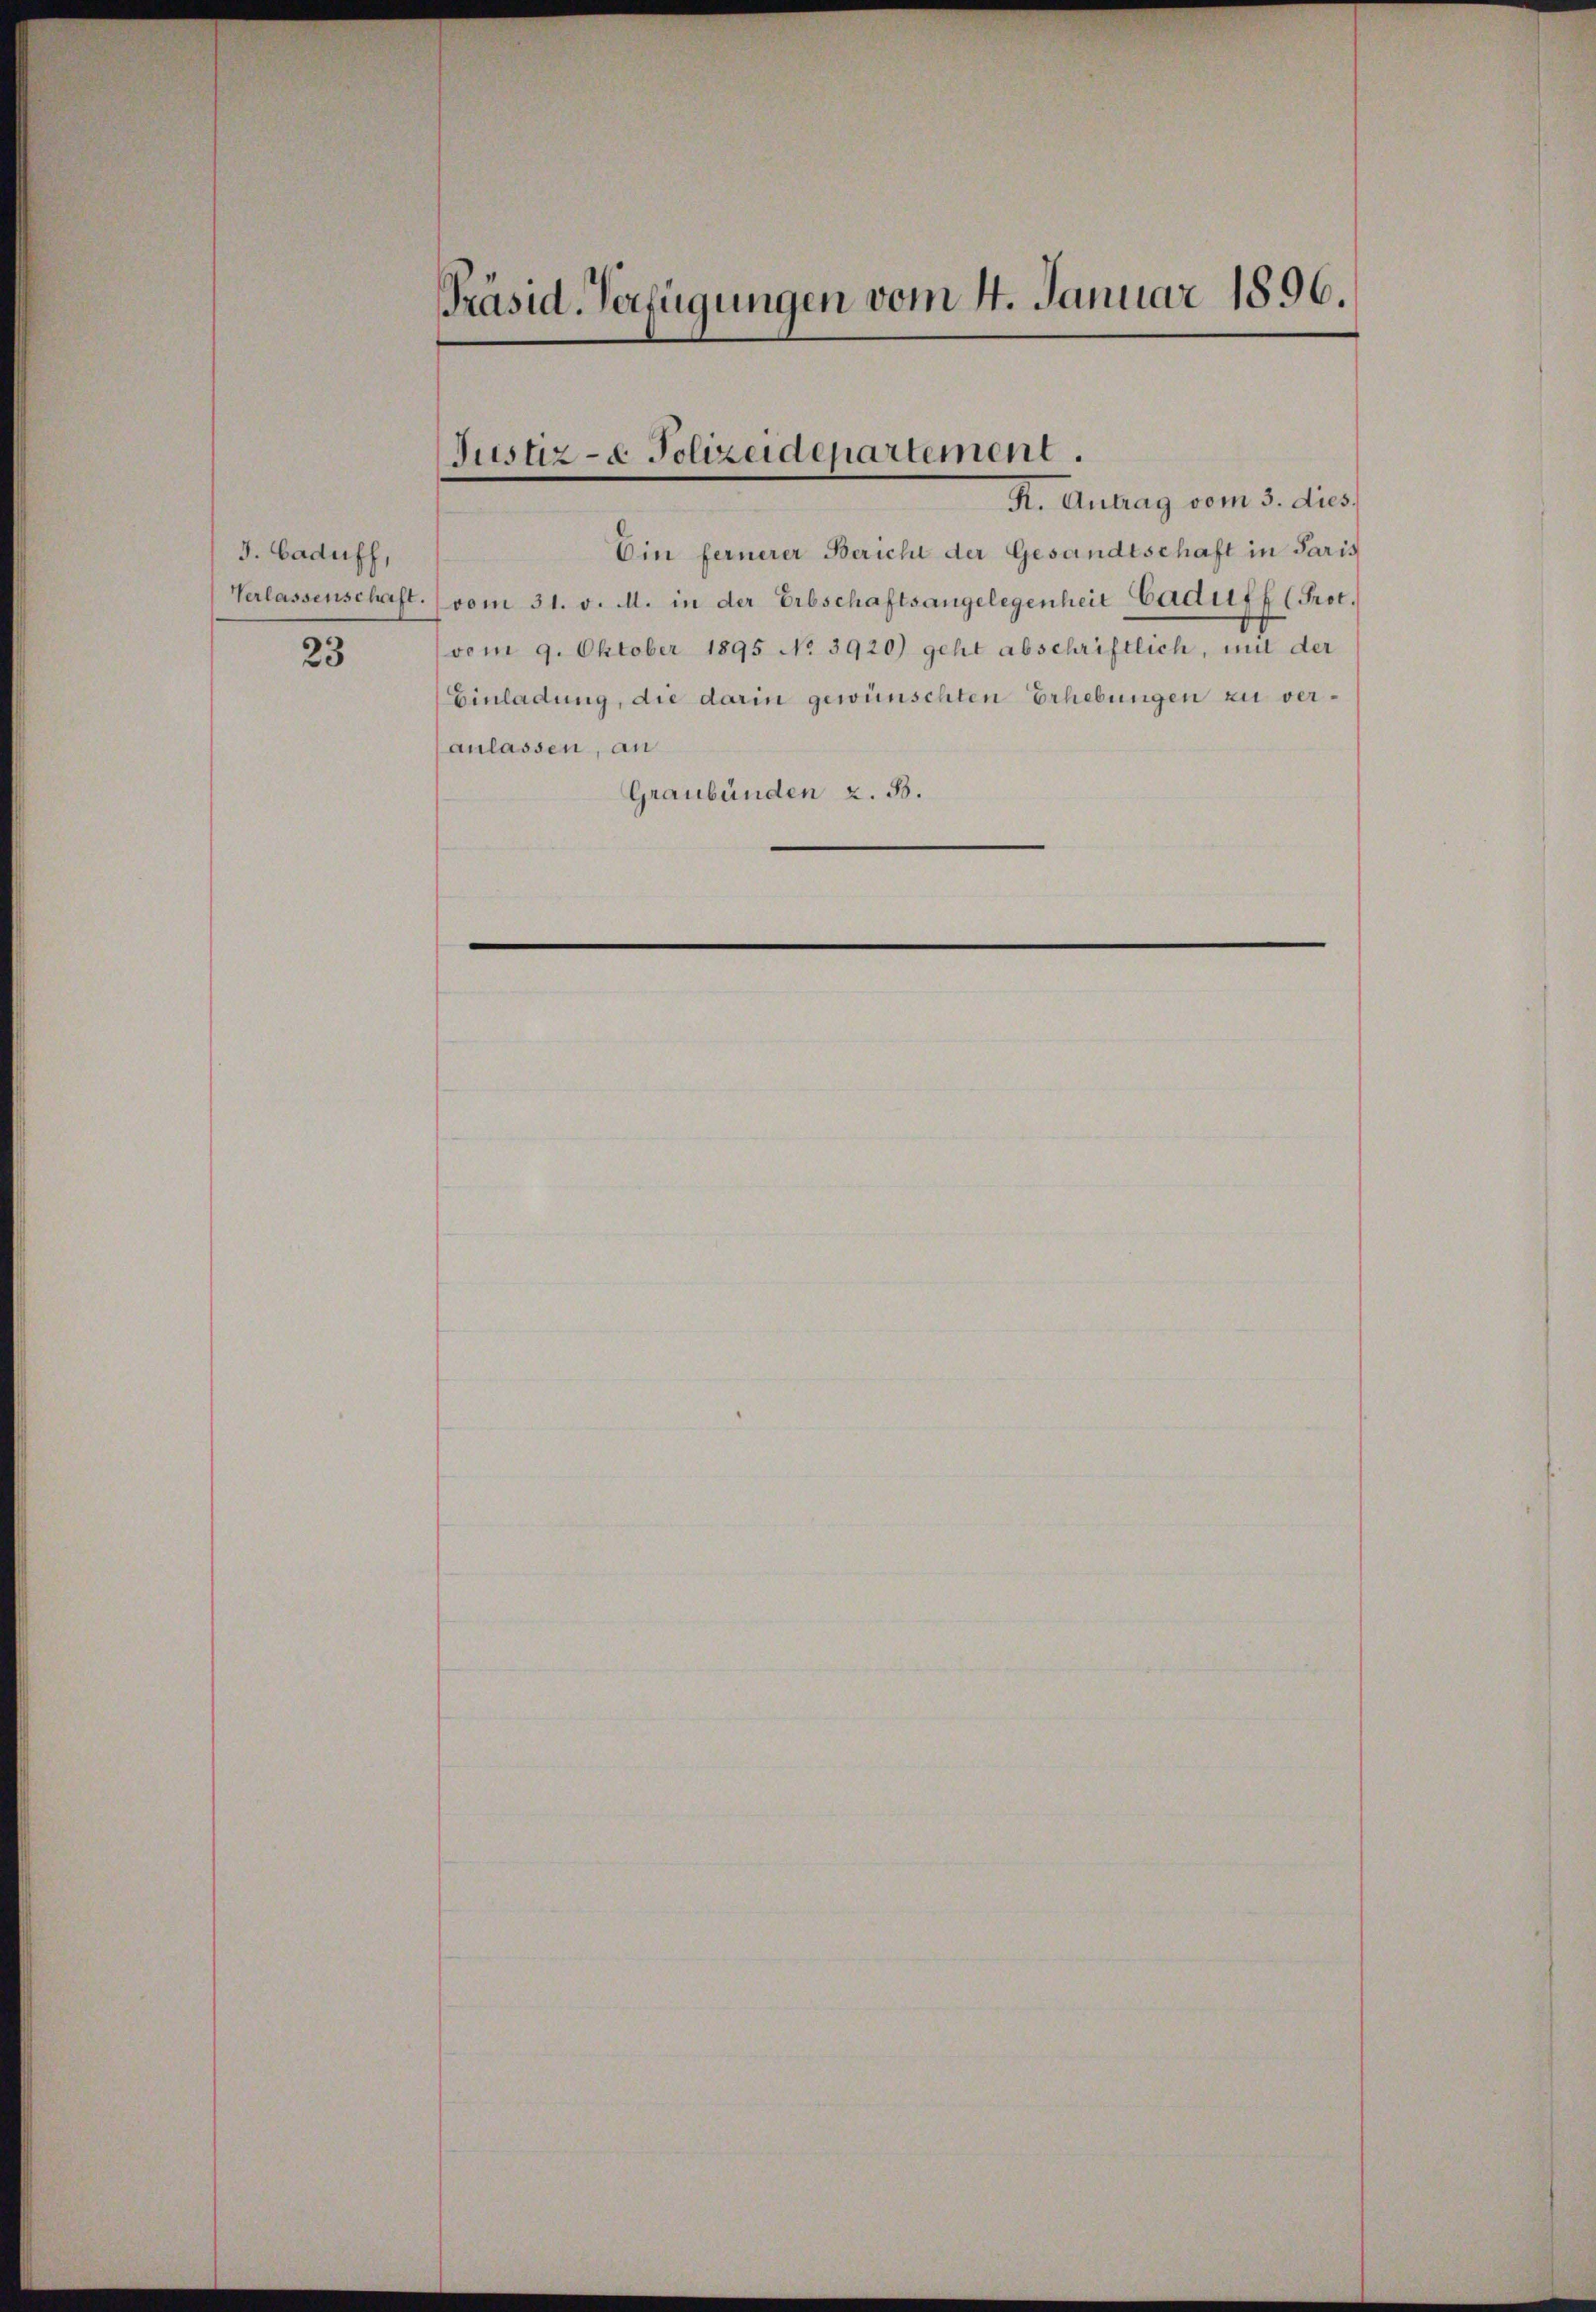
J. Caduff,

23

Präsid. Verfügungen vom 4. Januar 1896.

Ein fernerer Bericht der Gesandtschaft in Paris
Verlassenschaft. (vom 31. v. M. in der Erbschaftsangelegenheit Caduff (Prot.
(vom 9. Oktober 1895 No 3920) geht abschriftlich, mit der
Einladung, die darin gewünschten Erhebungen zu veranlassen, an
Graubünden z. B.

Justiz- & Polizeidepartement.
R. Antrag vom 3. dies